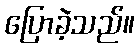
ပြောခဲ့သည်။